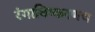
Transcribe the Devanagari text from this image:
रंगाविष्करणच